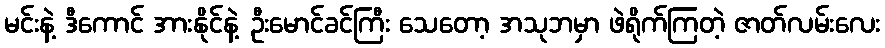
မင်းနဲ့ ဒီကောင် အားနိုင်နဲ့ ဦးမောင်ခင်ကြီး သေတော့ အသုဘမှာ ဖဲရိုက်ကြတဲ့ ဇာတ်လမ်းလေး